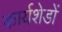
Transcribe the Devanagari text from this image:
कार्यशेडों